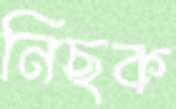
নিছক